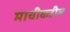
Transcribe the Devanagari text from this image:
माचीकडील